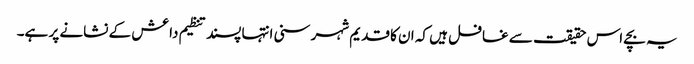
یہ بچے اس حقیقت سے غافل ہیں کہ ان کا قدیم شہر سنی انتہا پسند تنظیم داعش کے نشانے پر ہے۔